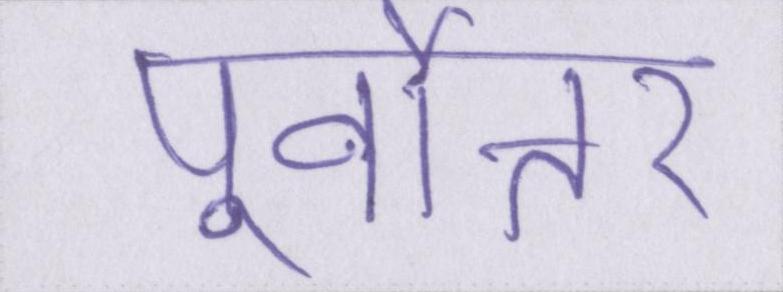
पूर्वोत्तर